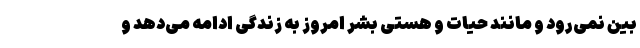
بین نمی‌رود و مانند حیات و هستی بشر امروز به زندگی ادامه می‌دهد و